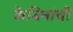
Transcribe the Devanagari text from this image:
केबिनांची